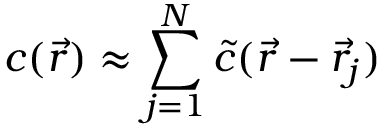
c ( \vec { r } ) \approx \sum _ { j = 1 } ^ { N } \tilde { c } ( \vec { r } - \vec { r } _ { j } )